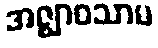
အဇ္ဈာဝသာမ